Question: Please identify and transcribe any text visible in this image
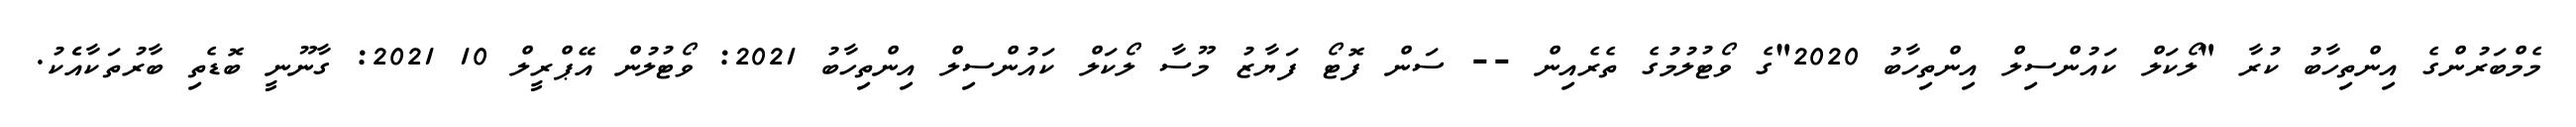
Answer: މެމްބަރުންގެ އިންތިހާބު ކުރާ "ލޯކަލް ކައުންސިލް އިންތިހާބު 2020"ގެ ވޯޓުލުމުގެ ތެރެއިން -- ސަން ފޮޓޯ ފަޔާޒު މޫސާ ލޯކަލް ކައުންސިލް އިންތިހާބު 2021: ވޯޓުލުން އޭޕްރީލް 10 2021: ގާނޫނީ ބޮޑެތި ބާރުތަކާއެެކު.